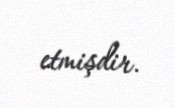
etmişdir.